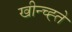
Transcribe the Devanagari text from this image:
खीन्च्ह्ते